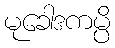
မုခေါဒကမ္ပိ